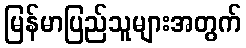
မြန်မာပြည်သူများအတွက်